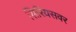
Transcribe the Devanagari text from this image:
सिरियसवर